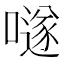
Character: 𡀟